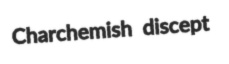
Charchemish discept